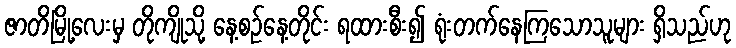
ဇာတိမြို့လေးမှ တိုကျိုသို့ နေ့စဉ်နေ့တိုင်း ရထားစီး၍ ရုံးတက်နေကြသောသူများ ရှိသည်ဟု